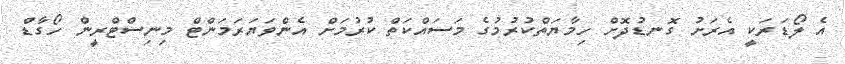
އެ ލޯޑަރަކީ އެރަށު ގޮނޑުދޮށް ހިމާޔަތްކުރުމުގެ މަސައްކަތް ކުރުމަށް އެންވަޔަރަމަންޓް މިނިސްޓްރީން ހޯގާޑް